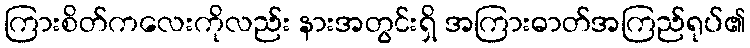
ကြားစိတ်ကလေးကိုလည်း နားအတွင်းရှိ အကြားဓာတ်အကြည်ရုပ်၏